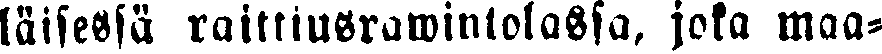
läisessä raittiusrawintolassa, joka maa-